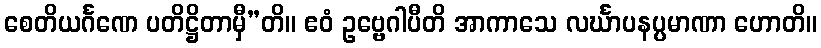
စေတိယင်္ဂဏေ ပတိဋ္ဌိတာမှီ”တိ။ ဧဝံ ဥဗ္ဗေဂါပီတိ အာကာသေ လင်္ဃာပနပ္ပမာဏာ ဟောတိ။